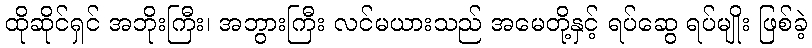
ထိုဆိုင်ရှင် အဘိုးကြီး၊ အဘွားကြီး လင်မယားသည် အမေတို့နှင့် ရပ်ဆွေ ရပ်မျိုး ဖြစ်ခဲ့